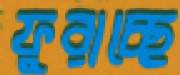
ফুরাচ্ছে